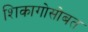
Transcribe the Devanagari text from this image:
शिकागोसोबत